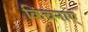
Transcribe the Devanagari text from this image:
किंचनाए